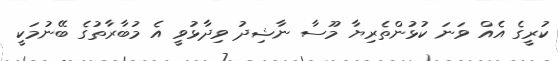
ކުރީގެ އެއް ވަނަ ކުޅުންތެރިޔާ މޫސާ ނާޝިދު ވިދާޅުވީ އެ މުބާރާތުގެ ބޭނުމަކީ